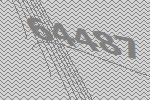
64487